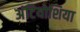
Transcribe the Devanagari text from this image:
अंटियोशिया